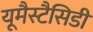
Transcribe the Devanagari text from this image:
यूमैस्टैसिडी